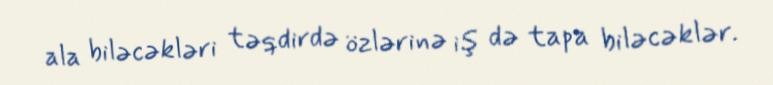
ala biləcəkləri təqdirdə özlərinə iş də tapa biləcəklər.